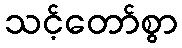
သင့်တော်စွာ